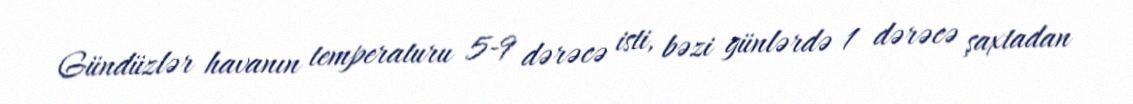
Gündüzlər havanın temperaturu 5-9 dərəcə isti, bəzi günlərdə 1 dərəcə şaxtadan